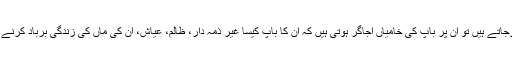
وہ تو جب بچّے بڑے ہوجاتے ہیں تو ان پر باپ کی خامیاں اجاگر ہوتی ہیں کہ ان کا باپ کیسا غیر ذمہ دار، ظالم، عیّاش، ان کی ماں کی زندگی برباد کرنے والا اور لفنگا انسان تھا۔